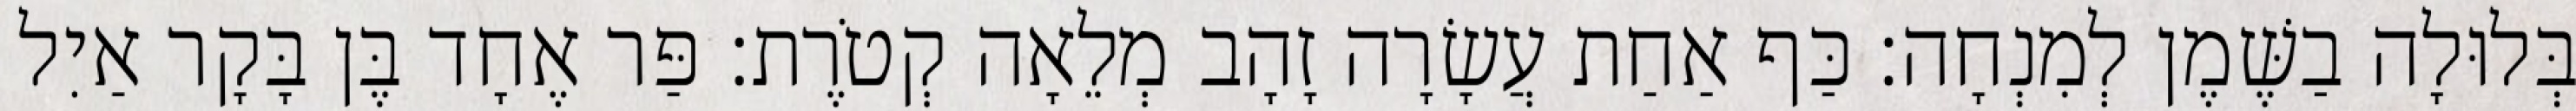
בְּלוּלָה בַשֶּׁמֶן לְמִנְחָה׃ כַּף אַחַת עֲשָׂרָה זָהָב מְלֵאָה קְטֹרֶת׃ פַּר אֶחָד בֶּן בָּקָר אַיִל